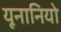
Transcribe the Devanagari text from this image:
यूनानियो